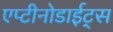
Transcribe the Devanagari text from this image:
एप्टीनोडाईट्स